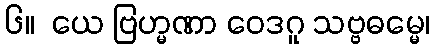
၆။  ယေ ဗြဟ္မဏာ ဝေဒဂူ သဗ္ဗဓမ္မေ၊